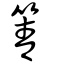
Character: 箐